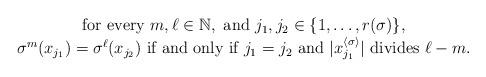
LaTeX: \begin{align*}\begin{array}{c}\mbox{for every }m,\ell\in\mathbb{N},\mbox{ and }j_1,j_2\in\{1,\dots, r(\sigma) \},\\\sigma^m(x_{j_1})=\sigma^{\ell}(x_{j_2})\mbox{ if and only if }j_1=j_2\mbox{ and }|x_{j_1}^{\langle\sigma\rangle}| \mbox{ divides }\ell-m.\end{array}\end{align*}